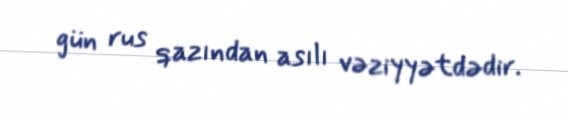
gün rus qazından asılı vəziyyətdədir.